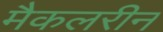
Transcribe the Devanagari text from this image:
मैकलरीन